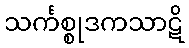
သင်္ကစ္စုဒကသာဋိ